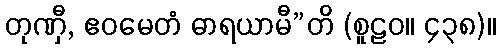
တုဏှီ, ဧဝမေတံ ဓာရယာမီ”တိ (စူဠဝ။ ၄၃၈)။